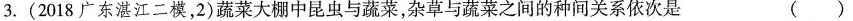
3.(2018广东湛江二模，2)蔬菜大棚中昆虫与蔬菜，杂草与蔬菜之间的种间关系依次是 ()